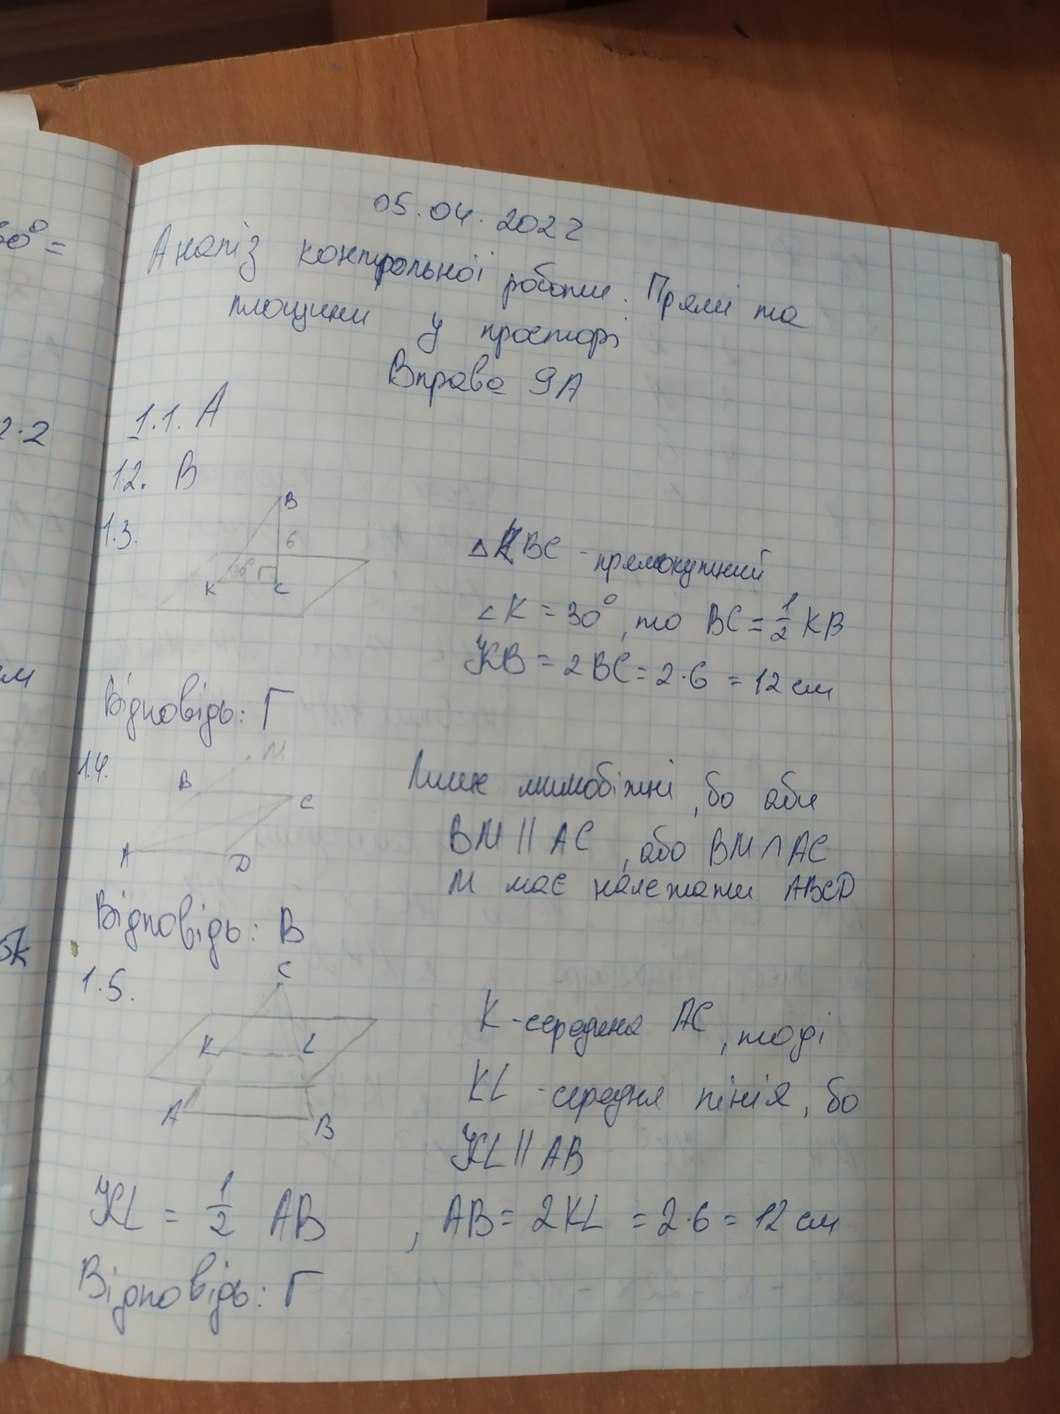
05.04.2022
Аналіз контрольної роботи Прямі та
площини у просторі
Вправа 9А
1.1 А
12. В
1.3
ΔABC - прямокутний
∠K = 30°, mo BC = \frac{1}{2} KB
KB = 2 BC = 2 * 6 = 12 см
Відповідь: Г
лише мимобіжні, бо обл.
14
BM ∥ AC, або BM ∩ AC
м має належати ABCD
Відповідь: В
1.5
К-середні АС, тоді
KL - середня лінія, бо
KL || AB
KL = \frac{1}{2} AB
AB = 2KL = 2 * 6 = 12 см
Відповідь: Г